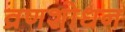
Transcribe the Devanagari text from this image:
व्रणशोधन